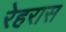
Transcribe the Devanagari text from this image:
रेहरास